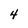
Character: 4